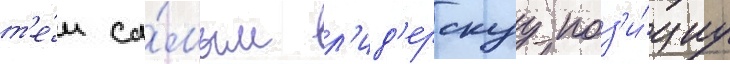
т'е́м са́мым л'ид'ерскуу поз'и́циу